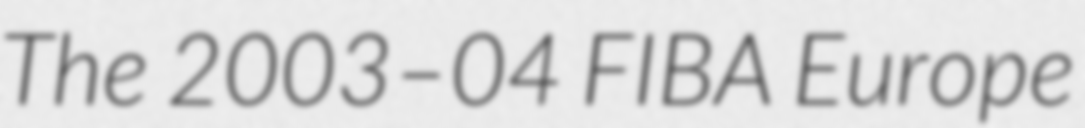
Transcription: The 2003–04 FIBA Europe